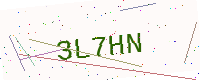
Text: 3L7HN